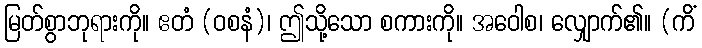
မြတ်စွာဘုရားကို။ ဧတံ (ဝစနံ)၊ ဤသို့သော စကားကို။ အဝေါစ၊ လျှောက်၏။ (ကိံ